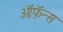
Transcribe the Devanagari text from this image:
ऑफ़ॅन्स